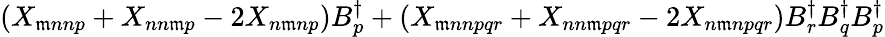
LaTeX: (X_{\mathfrak{m}nnp}+X_{nn\mathfrak{m}p}-2X_{n\mathfrak{m}np})B_{p}^{\dagger}+(X_{\mathfrak{m}nnpqr}+X_{nn\mathfrak{m}pqr}-2X_{n\mathfrak{m}npqr})B_{r}^{\dagger}B_{q}^{\dagger}B_{p}^{\dagger}